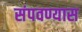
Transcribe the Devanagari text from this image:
संपवण्यास